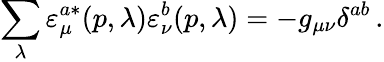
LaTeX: \sum_{\lambda}\varepsilon_{\mu}^{a\ast}(p,\lambda)\varepsilon_{\nu}^{b}(p,\lambda)=-g_{\mu\nu}\delta^{ab}\, .